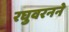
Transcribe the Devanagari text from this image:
रघुवरनने